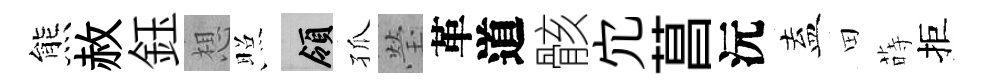
熊赦鈺想照領孤瑩革道骸宂菖沅盍田蒔拒